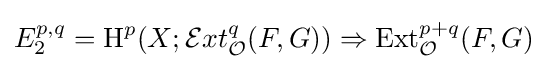
E_{2}^{p,q}=\operatorname {H} ^{p}(X;{\mathcal {E}}xt_{\mathcal {O}}^{q}(F,G))\Rightarrow \operatorname {Ext} _{\mathcal {O}}^{p+q}(F,G)